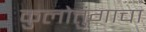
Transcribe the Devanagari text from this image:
कुलोत्तुंगाचा